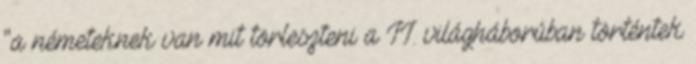
"a németeknek van mit törleszteni a II. világháborúban történtek